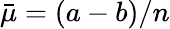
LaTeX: \bar{\mu}=(a-b)/n